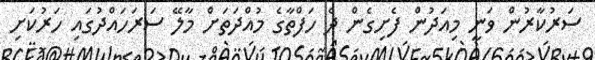
ސަރުކާރުން ވަނީ މިއަދުން ފެށިގެން ދެ ހަފްތާގެ މުއްދަތަށް މާލޭ ސަރަހައްދުގައި ހަރުކަށި